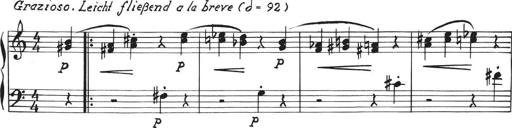
Title: Sonatina in E major
Composer: Paul von Klenau
Key: E major